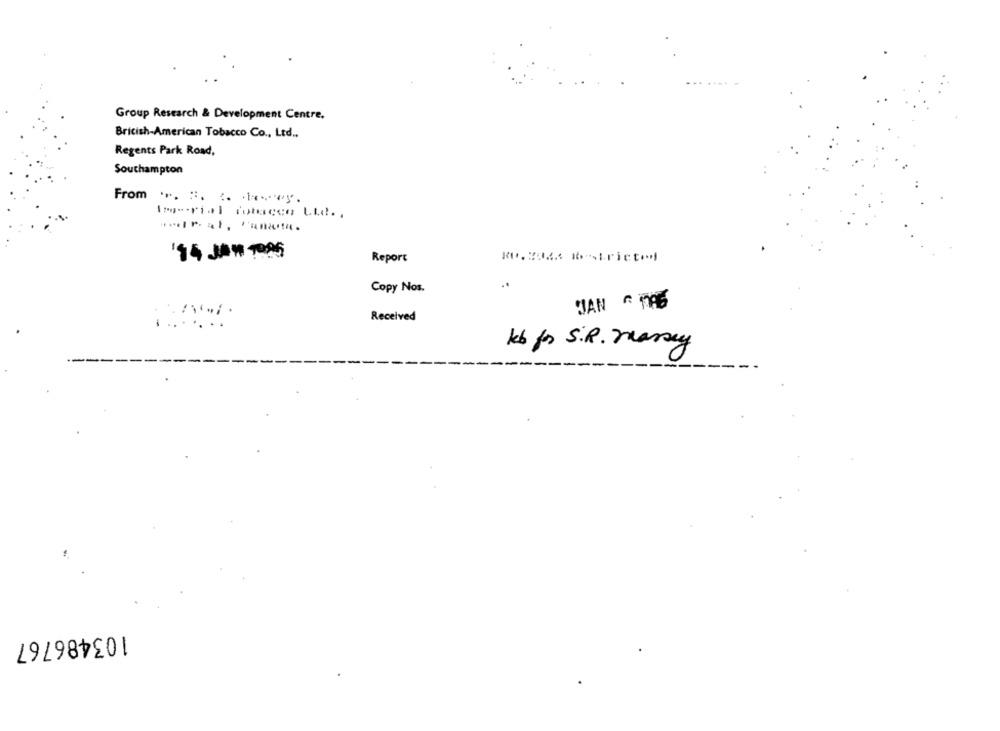
Group Research & Development Centre.
Bricish-American Tobacco Co ., Ltd ..
Regents Park Road,
Southampton
From .. :. : Hay.
Im-rial iotecco Ltd .,
'14 JAN Tas
Report
Copy Nos.
JAN - 196
Received
kb for S.R. Massey
--
103486767